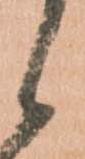
候